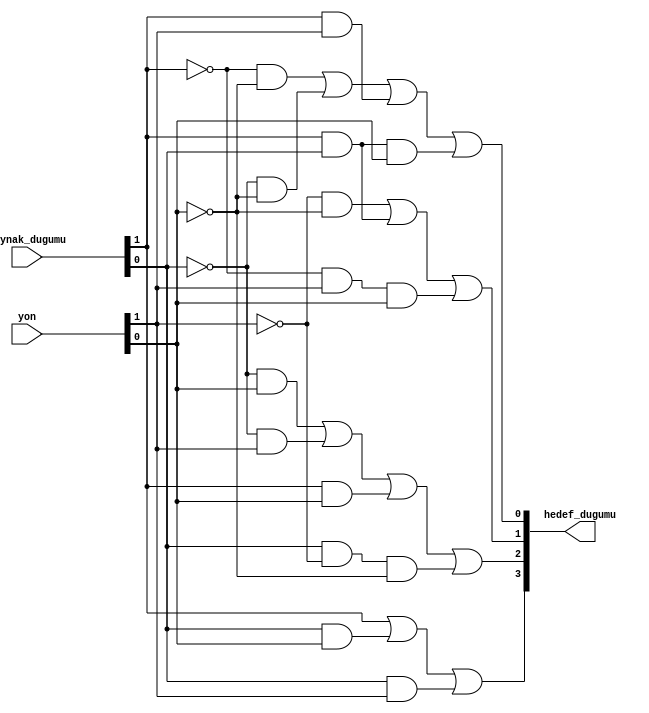
`timescale 1ns / 1ps

module binary(
    input [3:0] kaynak_dugumu,
    input [1:0] yon,
    output [3:0] hedef_dugumu
    );
    
    wire [3:0] not_kaynak_dugumu;
    wire [1:0] not_yon;
    
    not (not_kaynak_dugumu[0], kaynak_dugumu[0]); //B
    not (not_kaynak_dugumu[1], kaynak_dugumu[1]); //A
    not (not_kaynak_dugumu[2], kaynak_dugumu[2]);
    not (not_kaynak_dugumu[3], kaynak_dugumu[3]); 
    
    not (not_yon[0],yon[0]);
    not (not_yon[1],yon[1]);
    
    // hedef_dugumu[0]
    wire nAandnD, nBandnD, AandC, AandBandD;
    
    and (nAandnD, not_kaynak_dugumu[1], not_yon[0]);
    and (nBandnD, not_kaynak_dugumu[0], not_yon[0]);
    and (AandC, kaynak_dugumu[1], yon[1]);
    and (AandBandD, kaynak_dugumu[1], kaynak_dugumu[0], yon[0]); 
   
    or (hedef_dugumu[0], nAandnD, nBandnD, AandC, AandBandD);
    
    // hedef_dugumu[1]
    wire nCandnD, AandB, nAandCandD;
    
    and (nCandnD, not_yon[1], not_yon[0]);
    and (AandB, kaynak_dugumu[1], kaynak_dugumu[0]);
    and (nAandCandD, not_kaynak_dugumu[1], yon[1], yon[0]);
    
    or (hedef_dugumu[1], nCandnD, AandB, nAandCandD);
    
    // hedef_dugumu[2]
    wire nBandD, nBandC, AandD, BandnCandnD;
    
    and (nBandD, not_kaynak_dugumu[0], yon[0]);
    and (nBandC, not_kaynak_dugumu[0], yon[1]);
    and (AandD, kaynak_dugumu[1], yon[0]);
    and (BandnCandnD, kaynak_dugumu[0], not_yon[1], not_yon[0]);
    
    or (hedef_dugumu[2], nBandD, nBandC, AandD, BandnCandnD);
    
    // hedef_dugumu[3]
    wire BandD, BandC;
    
    and (BandD, kaynak_dugumu[0], yon[0]);
    and (BandC, kaynak_dugumu[0], yon[1]);
    
    or (hedef_dugumu[3], kaynak_dugumu[1], BandD, BandC);
    
endmodule